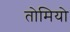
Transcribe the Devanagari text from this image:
तोमियो